Lunatic asylums Madras 1877-1891 - 1877-1891
Year: 1877
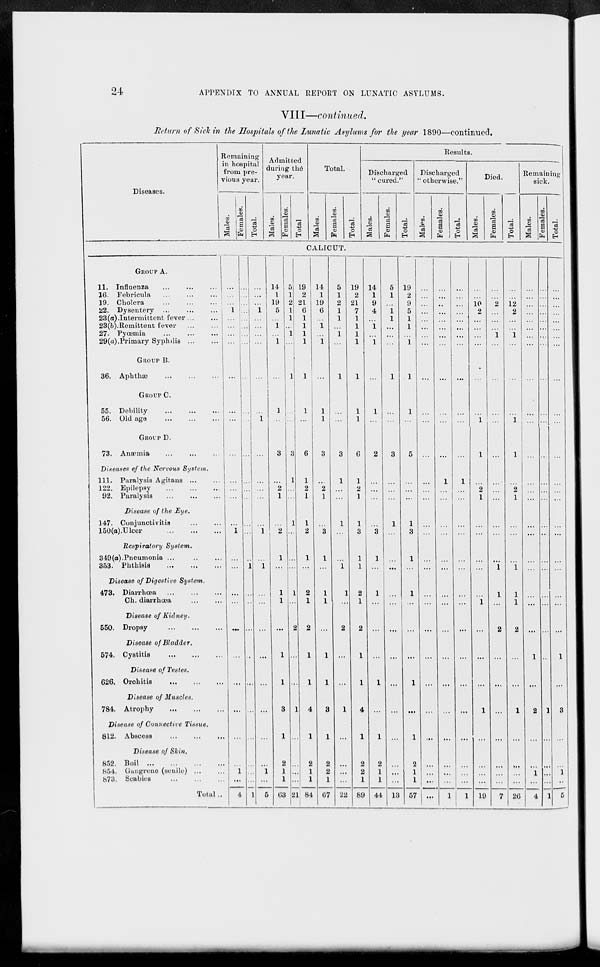
24 APPENDIX TO ANNUAL REPORT ON LUNATIC ASYLUMS.
VIII—continued.
Return of Sick in the Hospitals of the Lunatic Asylums for the year 1890—continued.
Diseases.
Remaining
in hospital
from pre-
vious year.
Males.
Females.
Total.
Admitted
during the
year.
Males.
Females.
Total
Total.
Males.
Females.
Total.
Results.
Discharged
" cured."
Males.
Females.
Total.
Discharged
"otherwise."
Males.
Females.
Total.
Died.
Males.
Females.
Total.
Remaining
sick.
Males.
Females.
Total.
CALICUT.
GROUP A.
11. Influenza
...
...
...
16. Febricula
...
...
...
19. Cholera
...
...
...
22. Dysentery
...
...
...
23 (a). Intermittent fever ... ...
23(b). Remittent fever
...
...
27. Pyœmia
...
...
...
29(a).Primary Syphilis
...
...
GROUP B.
36.
Aphthæ ... ... ...
GROUP C.
55. Debility
...
...
...
56. Old age ... ... ...
GROUP D.
73. Anæmia
...
...
...
Diseases of the Nervous System.
111. Paralysis Agitans
...
...
122. Epilepsy
...
...
...
92. Paralysis
...
...
...
Disease of the Eye.
147. Conjunctivitis
...
...
150(a).Ulcer
...
...
...
Respiratory System.
349(a).Pneumonia
...
...
...
353. Phthisis
...
...
...
Disease of Digestive
System.
473. Diarrhœa
...
...
...
Ch. diarrhœa
...
...
Disease of Kidney.
550. Dropsy
...
...
...
Disease of Bladder.
574. Cystitis
...
...
...
Disease of Testes.
626. Orchitis
...
...
...
Disease of Muscles.
784. Atrophy
...
...
...
Disease of Connective Tissue.
812. Abscess
...
...
...
Disease of Skin.
852. Boil
...
...
...
...
854. Gangrene (senile)
...
...
873. Scabies
...
...
...
Total ...
...
...
...
1
...
...
...
...
...
...
...
...
...
...
1
...
...
...
...
...
...
...
...
,..
...
1
...
4
...
...
...
...
...
...
...
...
...
...
...
...
...
...
...
...
...
...
1
...
...
...
...
...
...
...
...
...
...
1
...
...
...
1
...
...
...
...
...
...
1
...
...
...
...
...
1
...
1
...
...
...
...
...
...
...
...
1
...
5
14
1
19
5
...
1
...
1
...
1
...
3
...
2
1
...
2
1
...
1
1
...
1
1
3
1
2
1
1
63
5
1
2
1
1
...
1
...
1
...
...
3
1
...
...
1
...
...
...
1
...
2
...
...
1
...
...
...
...
21
19
2
21
6
1
1
1
1
1
1
...
6
1
2
1
1
2
1
...
2
1
2
1
1
4
1
2
1
1
84
14
1
19
6
...
1
...
1
...
1
1
3
...
2
1
...
3
1
...
1
1
...
1
1
3
1
2
2
1
67
5
1
2
1
1
...
1
...
1
...
...
3
1
...
...
1
...
...
1
1
...
2
...
...
1
...
...
...
...
22
19
2
21
7
1
1
1
1
1
1
1
6
1
2
1
1
3
1
1
2
1
2
1
1
4
1
2
2
1
89
14
1
9
4
...
1
...
1
...
1
...
2
...
...
...
...
3
1
...
1
...
...
...
1
...
1
2
1
1
44
5
1
...
1
1
...
...
...
1
...
...
3
...
...
...
1
...
...
...
...
...
...
...
...
...
...
...
...
...
13
19
2
9
5
1
1
...
1
1
1
...
5
...
...
...
1
3
1
...
1
...
...
...
1
...
1
2
1
1
57
...
...
...
...
...
...
...
...
...
...
...
...
...
...
...
...
...
...
...
...
...
...
...
...
...
...
...
...
...
...
...
...
...
...
...
...
...
...
...
...
...
...
1
...
...
...
...
...
...
...
...
...
...
...
...
...
...
...
...
1
...
...
...
...
...
...
...
...
...
...
...
...
1
...
...
...
...
...
...
...
...
...
...
...
...
...
...
...
...
1
...
...
10
2
...
...
...
...
...
...
1
1
...
2
1
...
...
...
...
...
1
...
...
...
1
...
...
...
...
19
...
...
2
...
...
...
1
...
...
...
...
...
...
...
...
...
...
...
1
1
...
2
...
...
...
...
...
...
...
7
...
...
12
2
...
...
1
...
...
...
1
1
...
2
1
...
...
...
1
1
1
2
...
...
1
...
...
...
...
26
...
...
...
...
...
...
...
...
...
...
...
...
...
...
...
...
...
...
...
...
...
...
1
...
2
...
...
1
...
4
...
...
...
...
...
...
...
...
...
...
...
...
...
...
...
...
...
...
...
...
...
...
...
...
1
...
...
...
...
1
...
...
...
...
...
...
...
...
...
...
...
...
...
...
...
...
...
...
...
...
...
...
1
...
3
...
...
1 ...
5